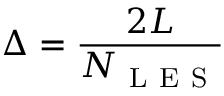
\Delta = \frac { 2 L } { N _ { \mathrm { ~ L ~ E ~ S ~ } } }